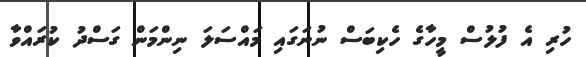
ހުރި އެ ފުލުސް މީހާގެ ހެކިބަސް ނުނަގައި މައްސަލަ ނިންމަން ގަސްދު ކުރައްވާ